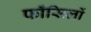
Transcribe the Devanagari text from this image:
फाँसिलों